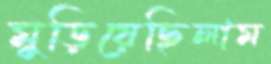
মুড়িয়েছিলাম